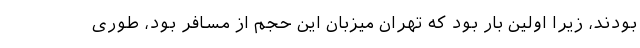
بودند، زیرا اولین بار بود که تهران میزبان این حجم از مسافر بود، طوری